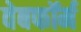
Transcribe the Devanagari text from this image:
वेबफॉर्म